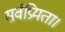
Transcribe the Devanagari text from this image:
सर्वप्रियता।